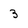
Character: 3